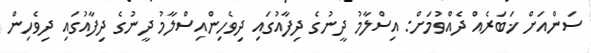
ސަންއަށް ޚަބަރެއް ދެއްވުމަށް: އިސްލާމު ދީނުގެ ދިފާއުގައި ދިވެހިންއިސްލާމު ދީނުގެ ދިފާއުގައި ދިވެހިން